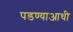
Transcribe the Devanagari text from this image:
पडण्याआधी